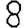
Digit: 8